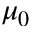
\mu _ { 0 }